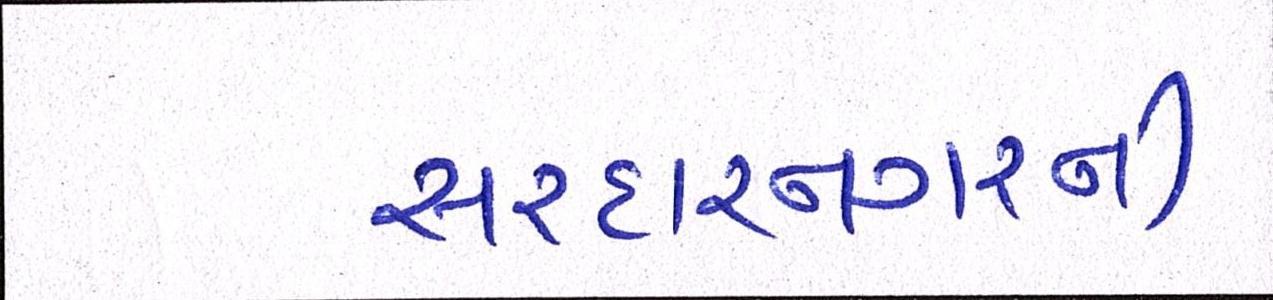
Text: સરદારનગરની